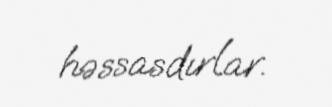
həssasdırlar.